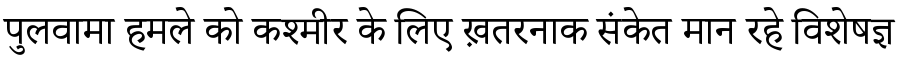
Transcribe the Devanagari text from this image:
पुलवामा हमले को कश्मीर के लिए ख़तरनाक संकेत मान रहे विशेषज्ञ